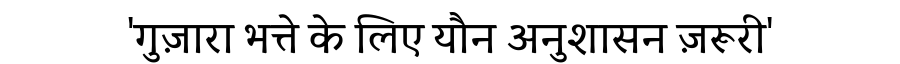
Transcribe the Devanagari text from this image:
'गुज़ारा भत्ते के लिए यौन अनुशासन ज़रूरी'